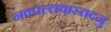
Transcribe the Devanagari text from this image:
नवपल्लवास्तदनु